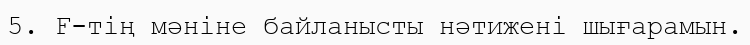
5. F-тің мәніне байланысты нәтижені шығарамын.